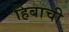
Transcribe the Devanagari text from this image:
हिबाची